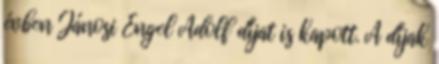
évben Jánosi Engel Adolf díjat is kapott. A díjak